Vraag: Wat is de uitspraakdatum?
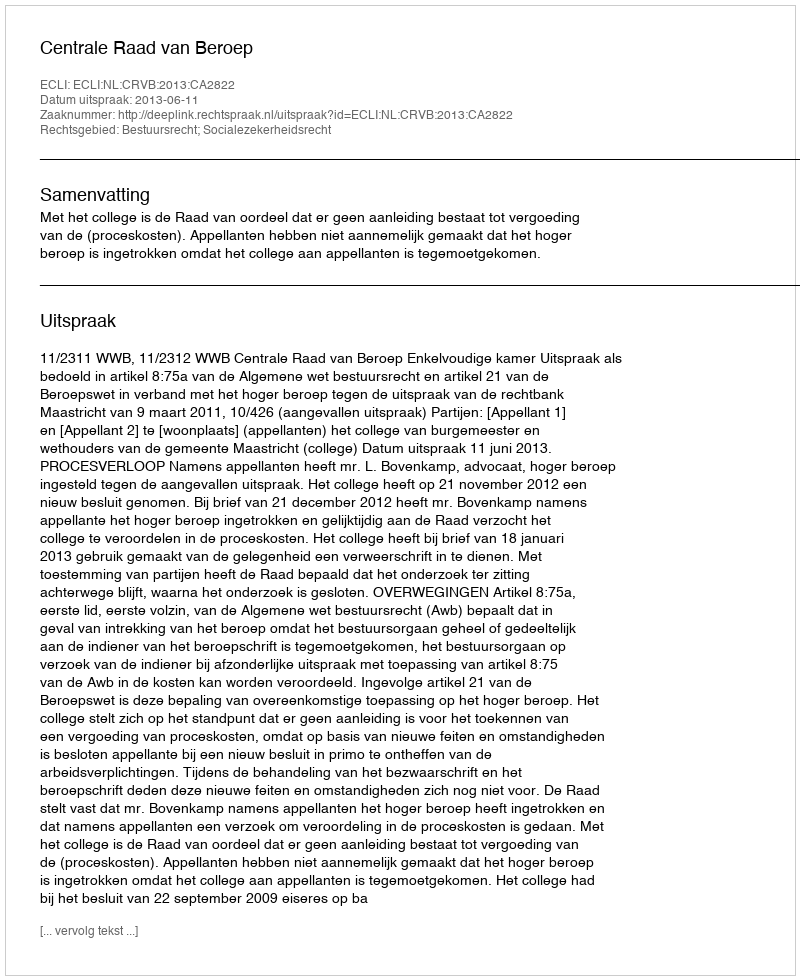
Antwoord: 2013-06-11